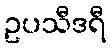
ဥပသီဒရီ